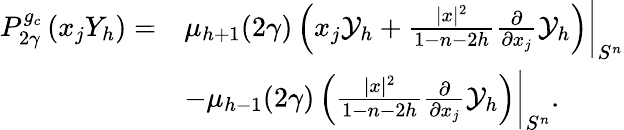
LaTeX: \begin{array}{rl}{P_{2\gamma}^{g_{c}}\left(x_{j}Y_{h}\right)=}&{\mu_{h+1}(2\gamma)\left(x_{j}\mathcal{Y}_{h}+\frac{|x|^{2}}{1-n-2h}\frac{\partial}{\partial x_{j}}\mathcal{Y}_{h}\right)\bigg|_{S^{n}}}\\ &{-\mu_{h-1}(2\gamma)\left(\frac{|x|^{2}}{1-n-2h}\frac{\partial}{\partial x_{j}}\mathcal{Y}_{h}\right)\bigg|_{S^{n}}.}\end{array}